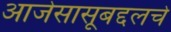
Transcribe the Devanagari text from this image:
आजेसासूबद्दलचे